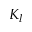
K _ { l }